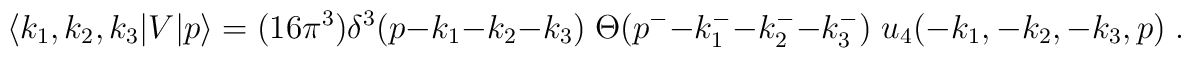
\langle k_1,k_2,k_3|V|p\rangle= (16 \pi^3) \delta^3(p-k_1-k_2-k_3) \;\Theta\bigl(p^--k_1^--k_2^--k_3^-\bigr)\; u_4(-k_1,-k_2,-k_3,p) \;.